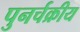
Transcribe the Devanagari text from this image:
पुनर्चक्रीय